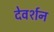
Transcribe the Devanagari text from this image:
देवर्शन